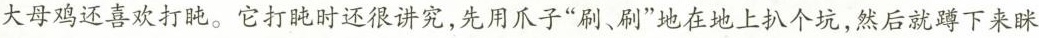
大母鸡还喜欢打盹。它打盹时还很讲究，先用爪子”刷、刷”地在地上扒个坑，然后就蹲下来眯